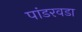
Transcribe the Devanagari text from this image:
पांडरवडा